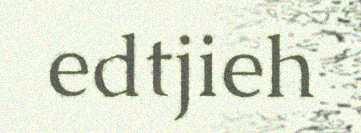
edtjieh